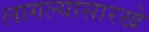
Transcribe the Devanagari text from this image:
लागल्यासारखे